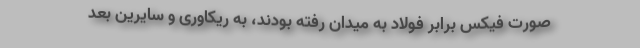
صورت فیکس برابر فولاد به میدان رفته بودند، به ریکاوری و سایرین بعد